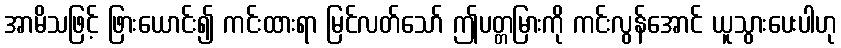
အာမိသဖြင့် ဖြားယောင်း၍ ကင်းထားရာ မြင်လတ်သော် ဤပတ္တမြားကို ကင်းလွန်အောင် ယူသွားပေးပါဟု